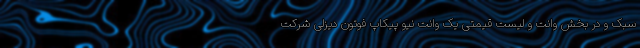
سبک و در بخش وانت و لیست قیمتی یک وانت نیو پیکاپ فوتون دیزلی شرکت